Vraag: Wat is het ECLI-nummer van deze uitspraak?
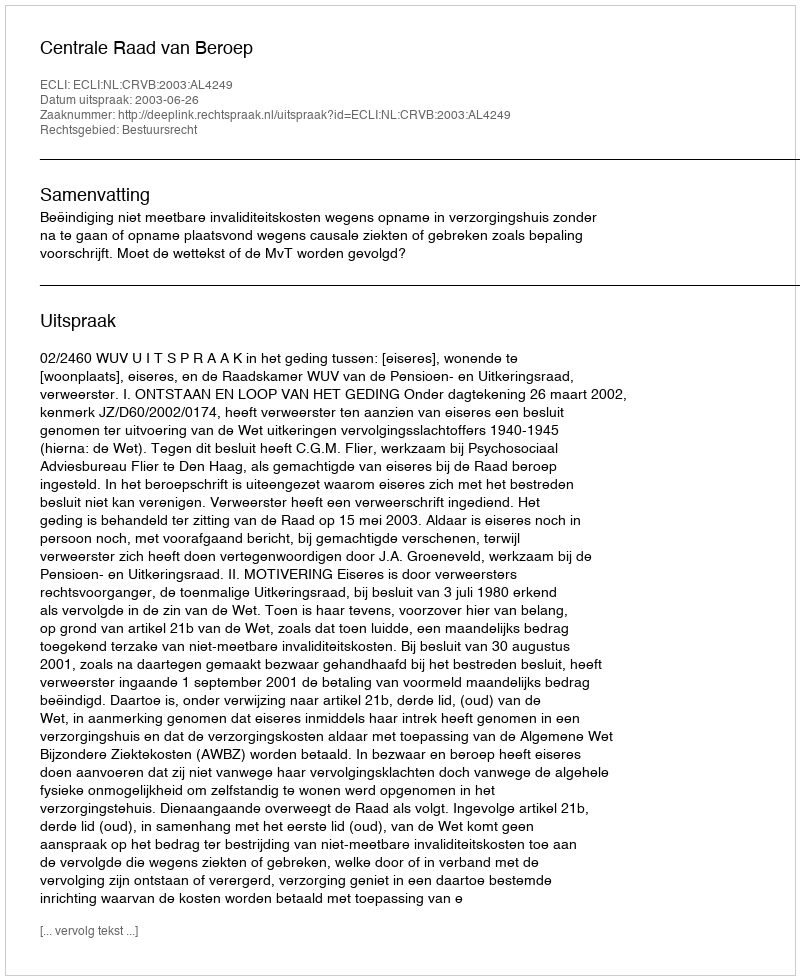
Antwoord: ECLI:NL:CRVB:2003:AL4249